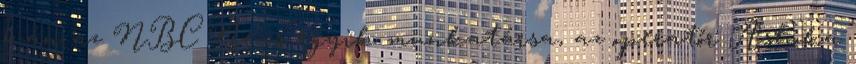
6-án az NBC News egyik munkatársa, az operatőr Ashoka